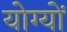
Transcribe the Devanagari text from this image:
योग्यों